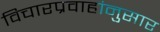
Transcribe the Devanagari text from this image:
विचारप्रवाहांनुसार